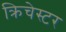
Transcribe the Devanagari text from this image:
क्रिचेस्टर